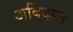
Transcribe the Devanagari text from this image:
अबिदाल